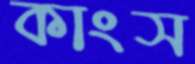
কাংস